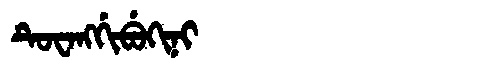
Manchu: ᡨᡠᠸᠠᠩᡤᡳᠪᡠᡴᡳᠨᡳ
Romanization: TUWANGGIBUKINI